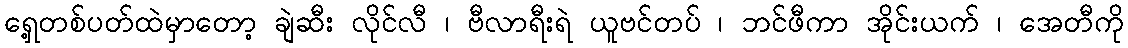
ရှေ့တစ်ပတ်ထဲမှာတော့ ချဲဆီး လိုင်လီ ၊ ဗီလာရီးရဲ ယူဗင်တပ် ၊ ဘင်ဖီကာ အိုင်းယက် ၊ အေတီကို